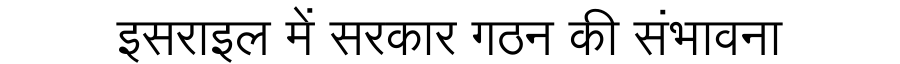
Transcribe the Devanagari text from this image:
इसराइल में सरकार गठन की संभावना